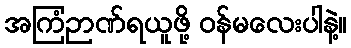
အကြံဉာဏ်ရယူဖို့ ဝန်မလေးပါနဲ့။